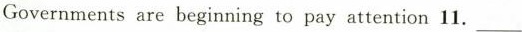
Governments are beginning to pay attention 11.___